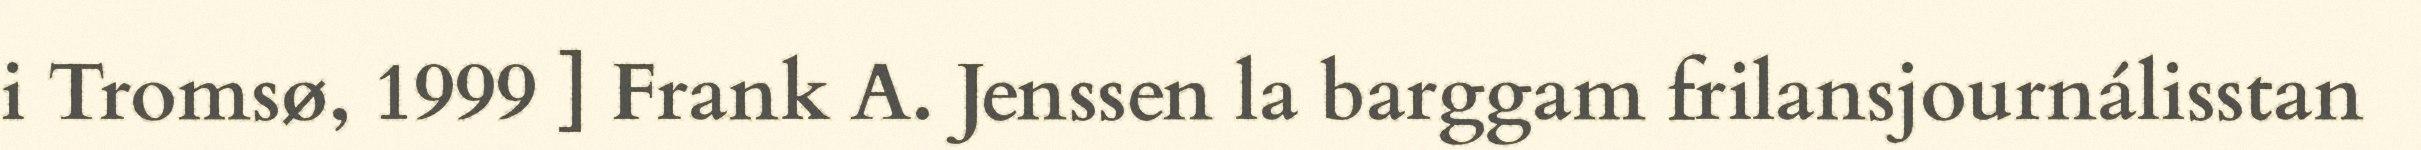
i Tromsø, 1999 ] Frank A. Jenssen la barggam frilansjournálisstan